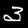
Digit: 3